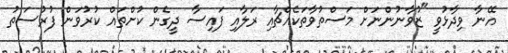
އޭނާ ވިދާޅުވީ "ޒުވާނުންނަށް މަސްތުވާތަކެއްޗާއި ރަލާއި ފައިސާ ދީގެން ކުށްތައް ކުރުވަން ފުރުސަތު